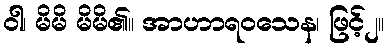
ဝါ၊ မိမိ မိမိ၏။ အာဟာရဝသေန၊ ဖြင့်၂။